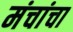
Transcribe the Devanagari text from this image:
मंचांचा